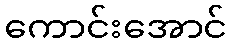
ကောင်းအောင်